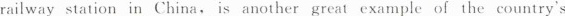
railway station in China, is another great example of the country's